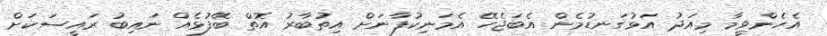
އެހެންވީމާ މިއަދު އަޅުގަނޑުމެން އެބަޖެހޭ އެމަނިކުފާނަށް އިތުބާރު އޮތް ބޭފުޅެއް ނައިބު ރައީސަކަށް